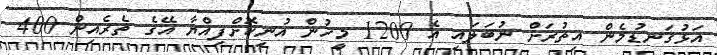
އަޅުގަނޑުމެން އިތުރަށް ނުބަލައި އެ 1200 މީހުން އުނިކޮށްފިއްޔާ އޭގެ ތެރެއިން 400